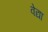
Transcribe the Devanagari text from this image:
वेद्या